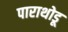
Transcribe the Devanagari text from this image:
पाराथोडू